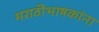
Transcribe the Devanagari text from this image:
मराठीभाषकांना